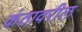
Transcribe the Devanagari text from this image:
कंठावरील